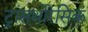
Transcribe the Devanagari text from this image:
ट्रांसथोरेसिक